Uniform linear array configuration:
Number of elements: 8
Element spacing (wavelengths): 0.75
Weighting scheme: hann
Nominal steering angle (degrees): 15
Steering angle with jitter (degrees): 15.255
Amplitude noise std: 0.05
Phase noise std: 0.05

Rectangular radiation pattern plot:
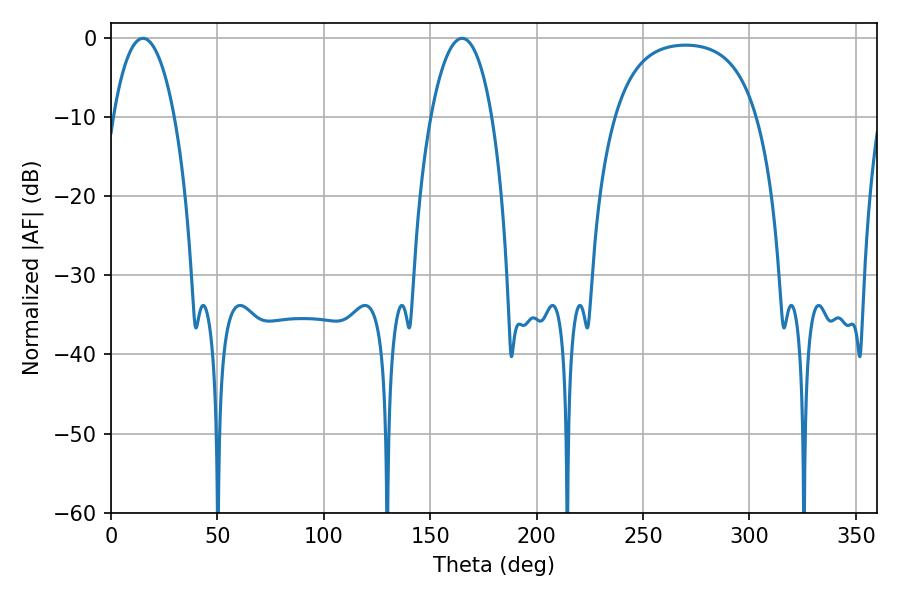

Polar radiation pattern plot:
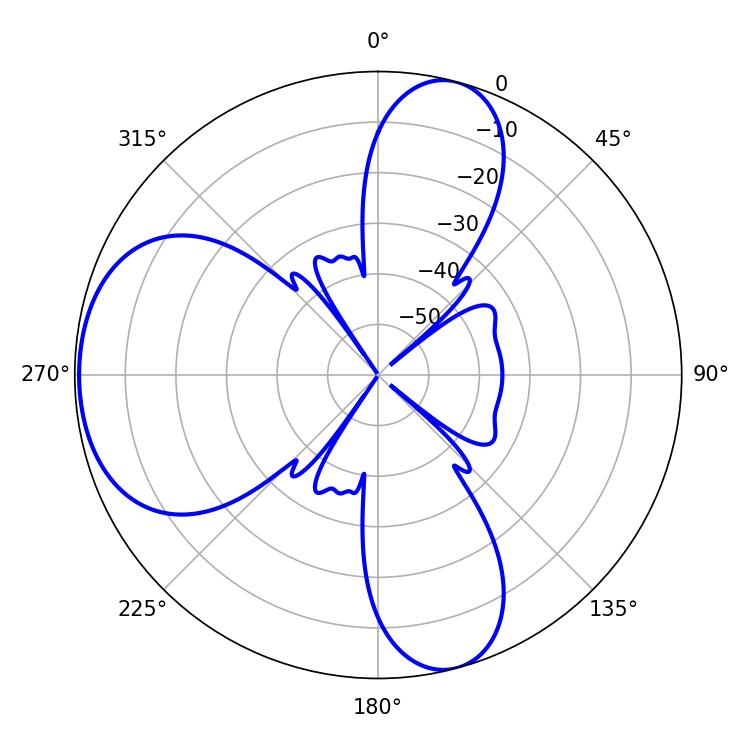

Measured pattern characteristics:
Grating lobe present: TRUE
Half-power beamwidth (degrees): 16.2
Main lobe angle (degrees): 14.94